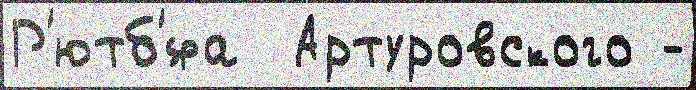
Р'ютб'́фа  Артуровского -